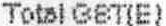
TOTAL GST(E)